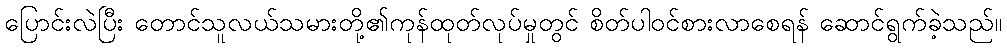
ပြောင်းလဲပြီး တောင်သူလယ်သမားတို့၏ကုန်ထုတ်လုပ်မှုတွင် စိတ်ပါဝင်စားလာစေရန် ဆောင်ရွက်ခဲ့သည်။